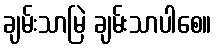
ချမ်းသာမြဲ ချမ်းသာပါစေ။